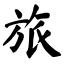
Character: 旅